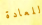
للعادة